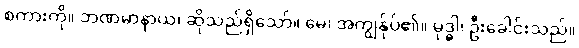
စကားကို။ ဘဏမာနာယ၊ ဆိုသည်ရှိသော်။ မေ၊ အကျွန်ုပ်၏။ မုဒ္ဓါ၊ ဦးခေါင်းသည်။